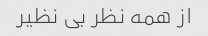
از همه نظر بی نظیر